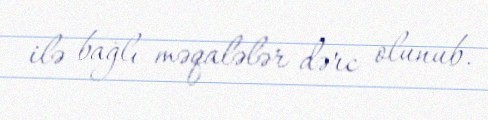
ilə bağlı məqalələr dərc olunub.